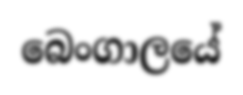
බෙංගාලයේ